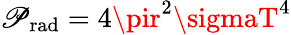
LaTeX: \mathscr{P}_{\mathrm{{{rad}}}}=4\pir^{2}\sigmaT^{4}